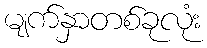
မျက်နှာတစ်ခုလုံး